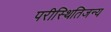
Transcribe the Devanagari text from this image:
परीस्थितिजन्य